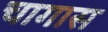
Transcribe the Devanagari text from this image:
चागास